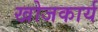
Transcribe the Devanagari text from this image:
खोजकार्य